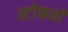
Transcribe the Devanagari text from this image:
स्टीफनो